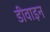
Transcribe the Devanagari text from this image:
डीवाइन